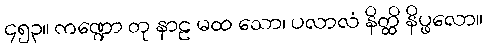
၄၅၃။ ကဏ္ဍော တု နာဠ မထ သော၊ ပလာလံ နိတ္ထိ နိပ္ဖလော။